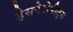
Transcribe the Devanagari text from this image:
हेसपेरोपीट्स